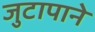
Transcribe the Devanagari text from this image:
जुटापाने